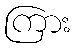
ကြား